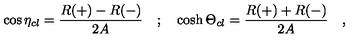
\cos \eta _ { c l } = \frac { R ( + ) - R ( - ) } { 2 A } \quad ; \quad \cosh \Theta _ { c l } = \frac { R ( + ) + R ( - ) } { 2 A } \quad ,